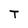
Character: T